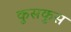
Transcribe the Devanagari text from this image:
कुसकुस